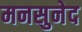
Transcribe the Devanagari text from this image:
मनसुनेद